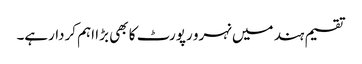
تقسیم ہند میں نہرو رپورٹ کا بھی بڑا اہم کردارہے۔